Scottish Leaving Certificate Examination, 1955
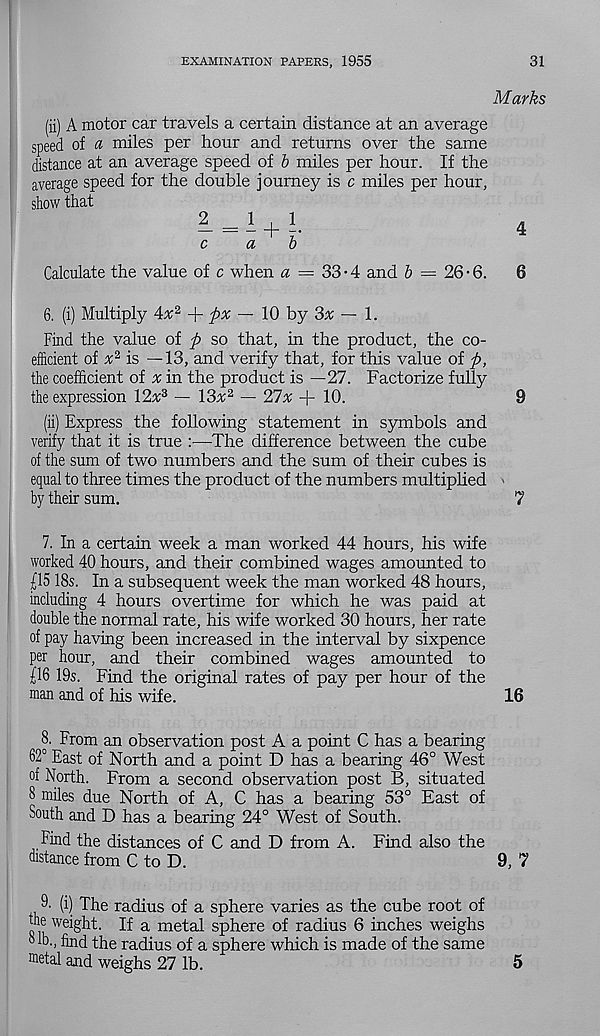
EXAMINATION PAPERS, 1955
31
Marks
(ii) A motor car travels a certain distance at an average
speed of a miles per hour and returns over the same
distance at an average speed of b miles per hour. If the
average speed for the double journey is c miles per hour,
show that
2=1+1
4
cab
Calculate the value of c when a = 33-4 and & = 26 • 6.
6
6. (i) Multiply 4x 2
fix — 10 by 3^ — 1.
Find the value of p so that, in the product, the co-
efficient of x 2 is —13, and verify that, for this value of p,
the coefficient of x in the product is —27. Factorize fully
the expression \2x z — 13a; 2 — 21 x -f 10.
9
(ii) Express the following statement in symbols and
verify that it is true :■—The difference between the cube
of the sum of two numbers and the sum of their cubes is
equal to three times the product of the numbers multiplied
by their sum.
7
7. In a certain week a man worked 44 hours, his wife
worked 40 hours, and their combined wages amounted to
£15 18s. In a subsequent week the man worked 48 hours,
including 4 hours overtime for which he was paid at
double the normal rate, his wife worked 30 hours, her rate
of pay having been increased in the interval by sixpence
per hour, and their combined wages amounted to
£16 19s. Find the original rates of pay per hour of the
man and of his wife.
16
8. From an observation post A a point C has a bearing
62° East of North and a point D has a bearing 46° West
of North. From a second observation post B, situated
8 miles due North of A, C has a bearing 53° East of
South and D has a bearing 24° West of South.
Find the distances of C and D from A. Find also the
distance from C to D.
9, 7
9' (i) The radius of a sphere varies as the cube root of
the weight. If a metal sphere of radius 6 inches weighs
8 lb., find the radius of a sphere which is made of the same
metal and weighs 27 lb.
5